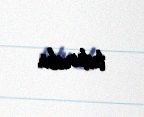
tuturdu.